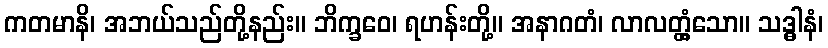
ကတမာနိ၊ အဘယ်သည်တို့နည်း။ ဘိက္ခဝေ၊ ရဟန်းတို့။ အနာဂတံ၊ လာလတ္တံ့သော။ သဒ္ဓါနံ၊